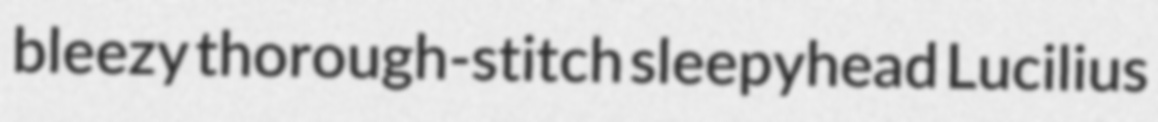
bleezy thorough-stitch sleepyhead Lucilius